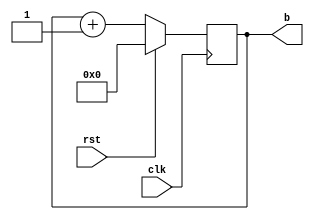
//Errors not resolved

module syncnt(clk,rst,b);
input clk,rst;
output [3:0]b;
reg [3:0]b = 4'b0;
wire clk,rst;

always @(posedge clk)
if(rst)
b <= 4'b0;
else
b <= b+1;

endmodule

module test;
wire [3:0]b;
reg clk = 0;
reg rst = 0;
integer i;

syncnt s1(clk,rst,b);

initial 
begin
    $dumpfile("6c_BCDsynccounter.vcd");
    $dumpvars(0,test);

    for(i=0;i<40;i++)
    begin
        #5 begin 
            clk = !clk;
            if(b == 4'h9)
            rst = 1;
            else
            rst = 0;
        end
    end
    #5 $finish;
end

always @(clk)
$strobe("At time = (%0t),clk = (%b),b = (%b)",$time,clk,b);

endmodule